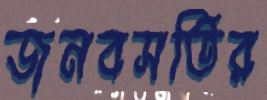
জনবসতির